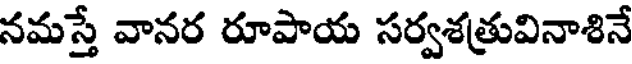
నమస్తే వానర రూపాయ సర్వశత్రువినాశినే